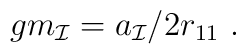
gm_{\cal I}= a_{\cal I}/2r_{11}\ .